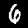
Digit: 6